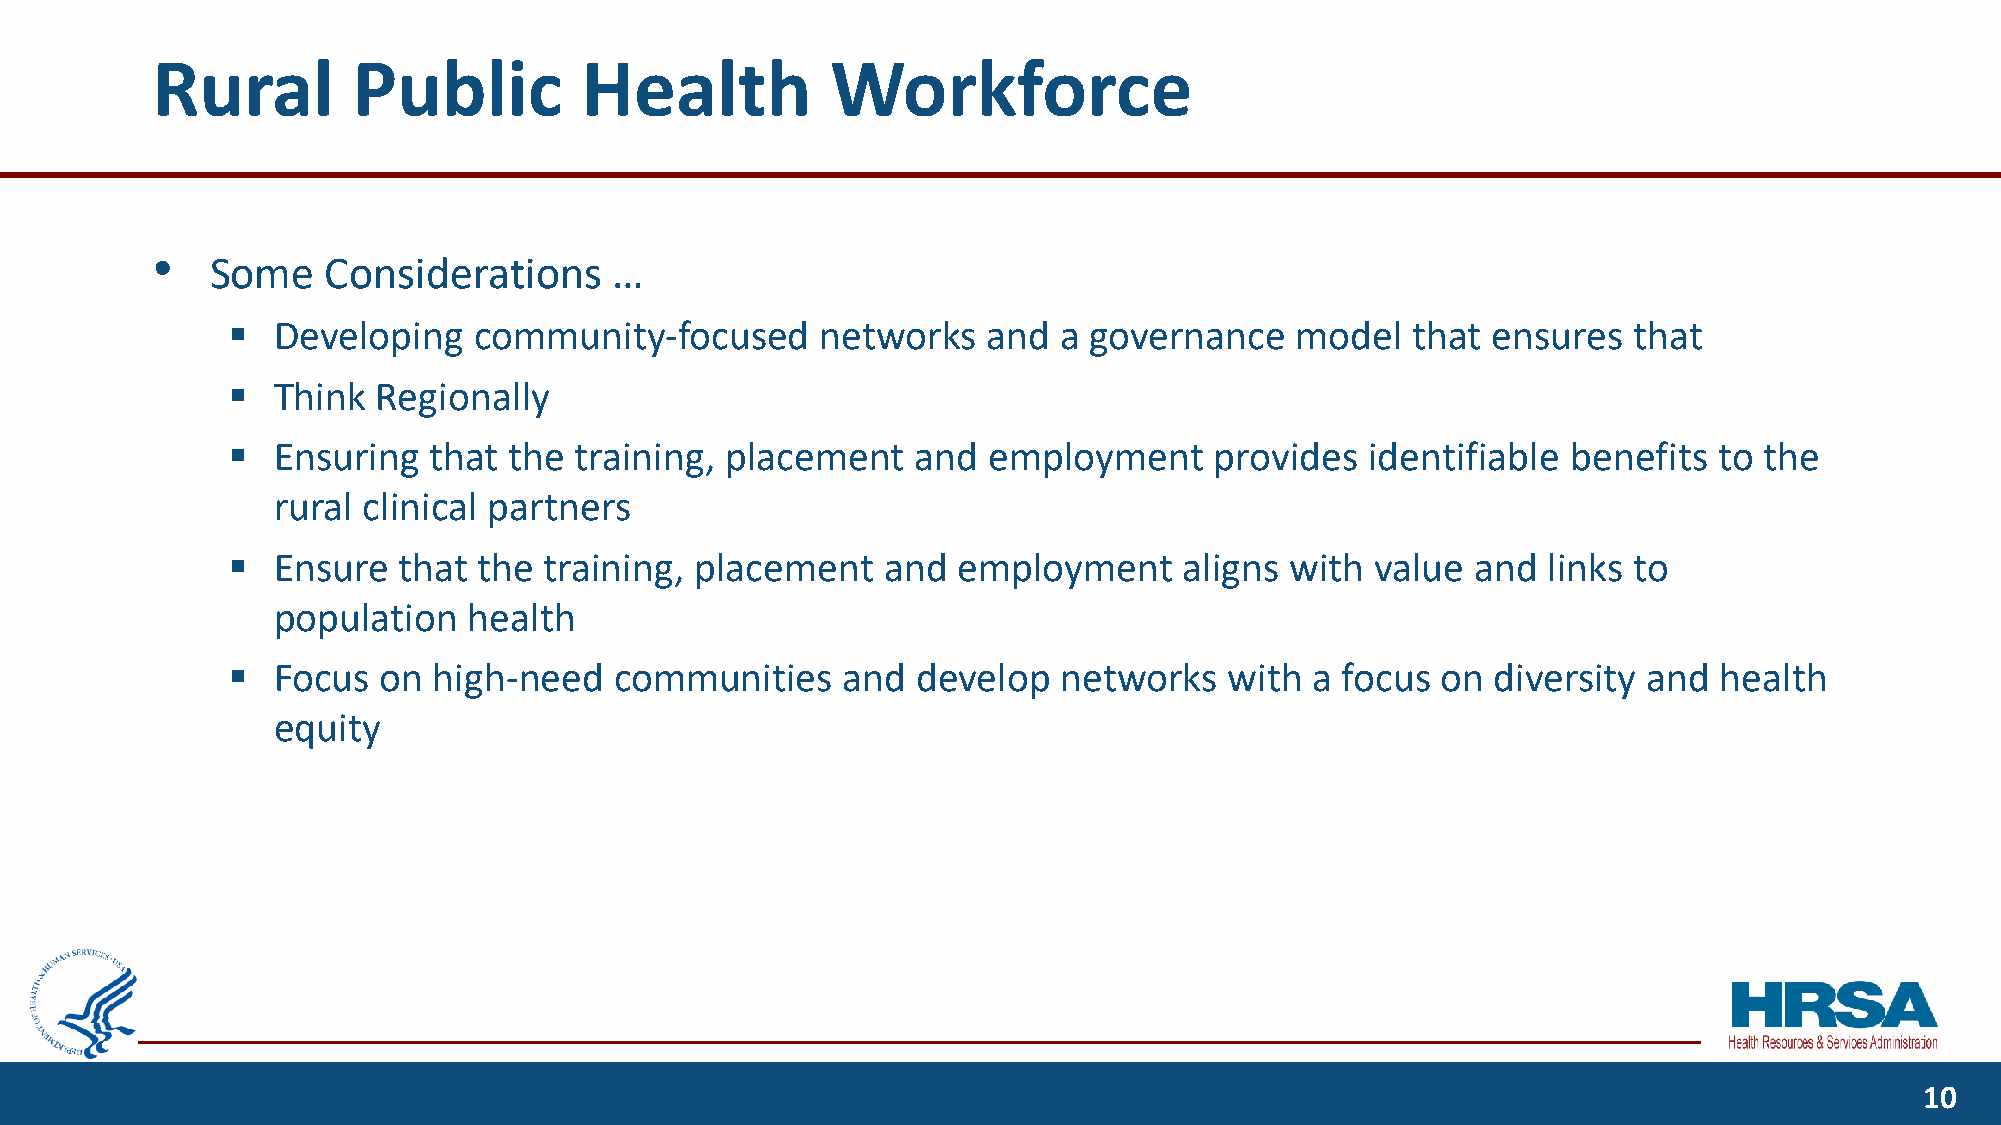
Rural        Public         Health           Workforce
 •
 Some   Considerations     …
 ▪  Developing   community-focused      networks   and  a governance    model  that  ensures  that
 ▪  Think  Regionally
 ▪  Ensuring  that  the training, placement    and employment     provides   identifiable benefits  to the
 rural clinical partners
 ▪  Ensure  that  the training, placement    and employment     aligns with  value  and links to
 population   health
 ▪  Focus  on  high-need   communities    and  develop  networks   with  a focus on  diversity and  health
 equity
 10